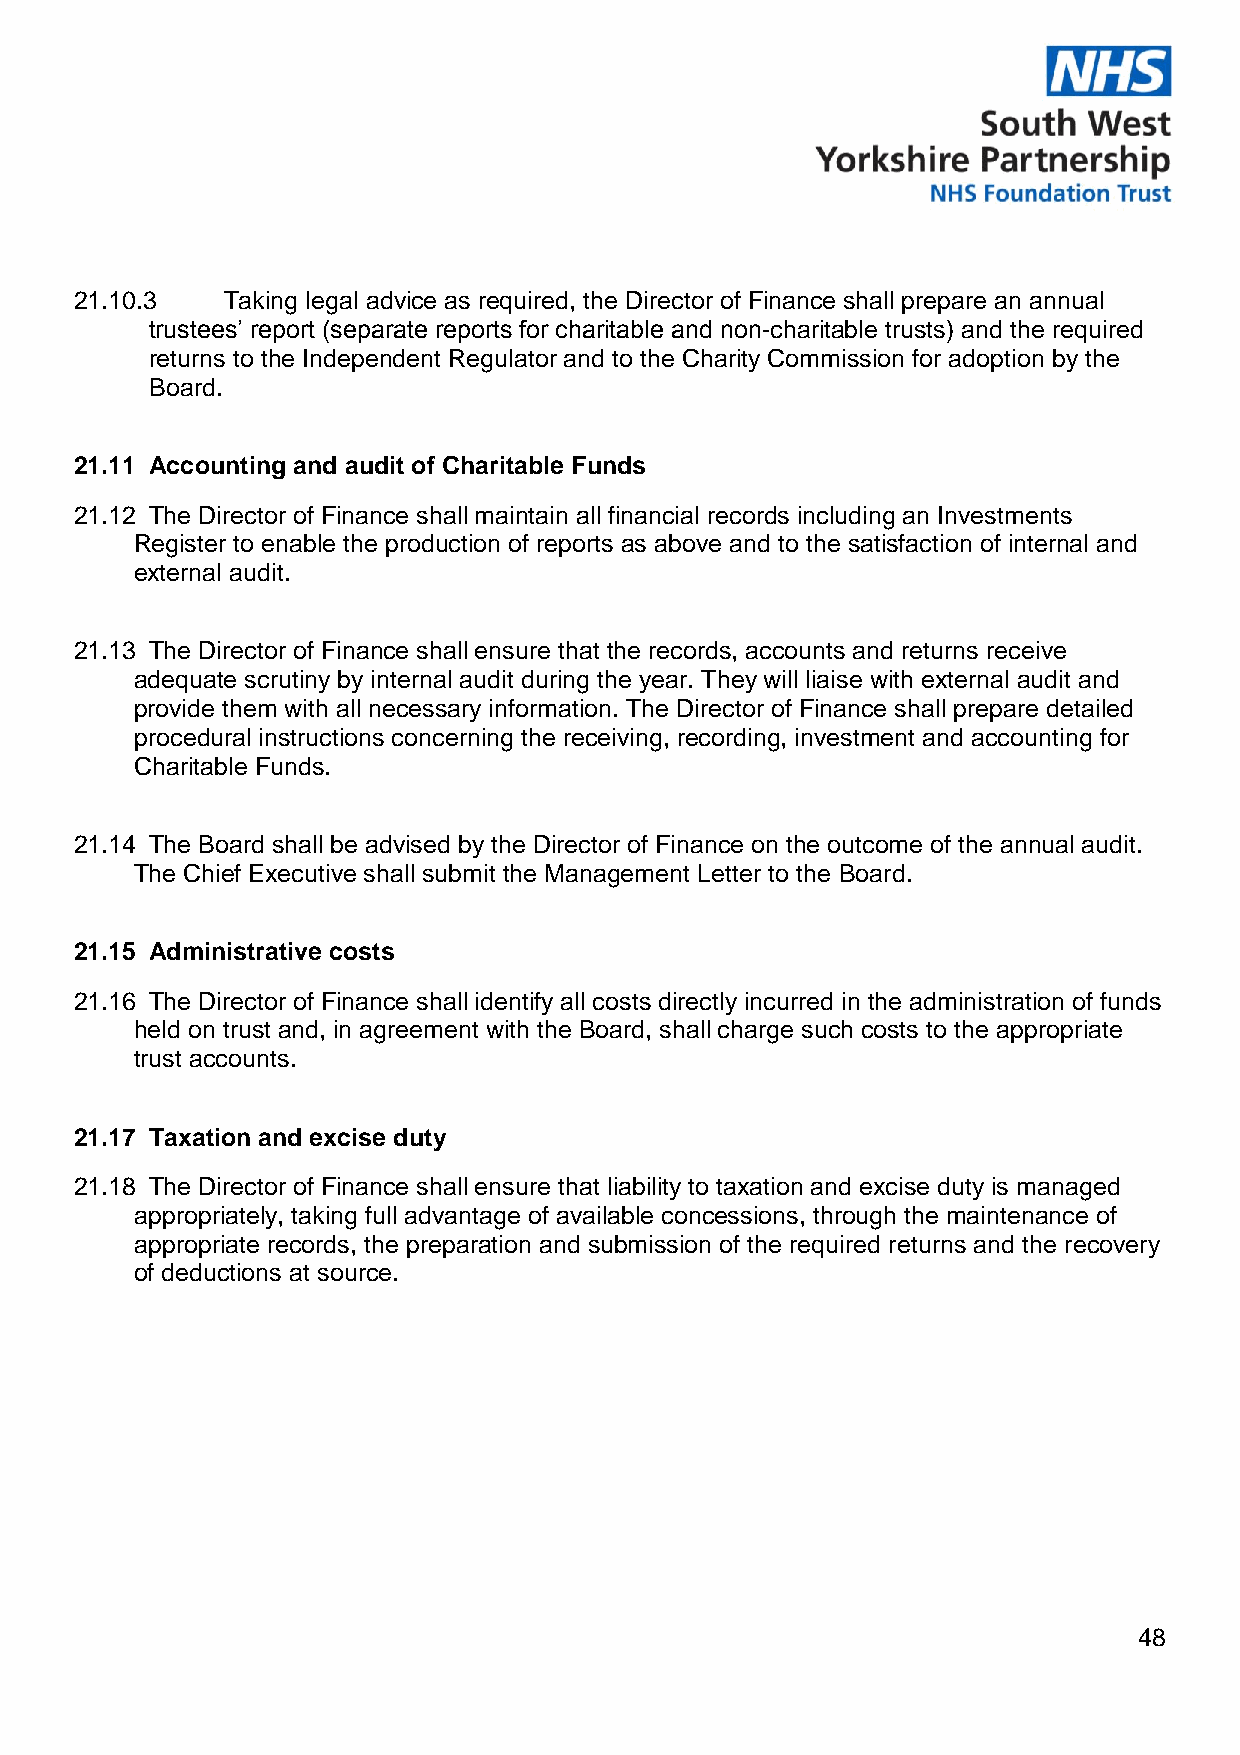
21.10.3   Taking legal advice as required, the Director of Finance shall prepare an annual
 trustees’ report (separate reports for charitable and non-charitable trusts) and the required
 returns to the Independent Regulator and to the Charity Commission for adoption by the
 Board.
 21.11 Accounting and audit of Charitable Funds
 21.12 The Director of Finance shall maintain all financial records including an Investments
 Register to enable the production of reports as above and to the satisfaction of internal and
 external audit.
 21.13 The Director of Finance shall ensure that the records, accounts and returns receive
 adequate scrutiny by internal audit during the year. They will liaise with external audit and
 provide them with all necessary information. The Director of Finance shall prepare detailed
 procedural instructions concerning the receiving, recording, investment and accounting for
 Charitable Funds.
 21.14 The Board shall be advised by the Director of Finance on the outcome of the annual audit.
 The Chief Executive shall submit the Management Letter to the Board.
 21.15 Administrative costs
 21.16 The Director of Finance shall identify all costs directly incurred in the administration of funds
 held on trust and, in agreement with the Board, shall charge such costs to the appropriate
 trust accounts.
 21.17 Taxation and excise duty
 21.18 The Director of Finance shall ensure that liability to taxation and excise duty is managed
 appropriately, taking full advantage of available concessions, through the maintenance of
 appropriate records, the preparation and submission of the required returns and the recovery
 of deductions at source.
 48